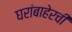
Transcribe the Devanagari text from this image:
घरांबाहेरची